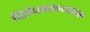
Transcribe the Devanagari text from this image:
विरोधकरण्यापेक्षा